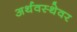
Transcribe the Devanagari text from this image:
अर्थवस्थेवर